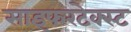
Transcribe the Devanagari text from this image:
साइफरटेक्स्ट